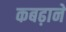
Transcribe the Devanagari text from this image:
कबढ़ाने